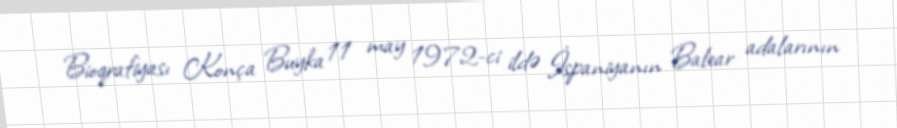
Bioqrafiyası Konça Buyka 11 may 1972-ci ildə İspaniyanın Balear adalarının